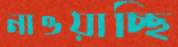
নাওয়াচ্ছি